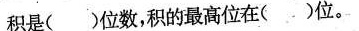
积是( )位数，积的最高位在( )位。